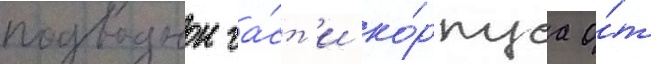
подводнои ча́ст'и ко́рпуса о́т